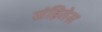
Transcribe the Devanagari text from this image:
संहितेस